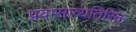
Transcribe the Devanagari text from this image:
प्रवासाव्यतिरिक्त